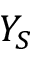
Y _ { S }